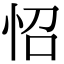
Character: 怊